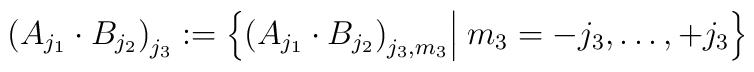
\big( A_{j_1} \cdot B_{j_2} \big)_{j_3}  :=    \left\{  \big( A_{j_1} \cdot B_{j_2} \big)_{j_3,m_3}  \Big| \;    m_3=-j_3,\dots,+j_3  \right\}